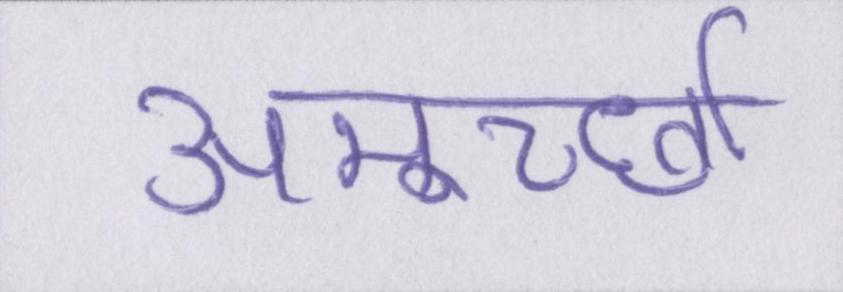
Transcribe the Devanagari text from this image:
अमूर्च्छा